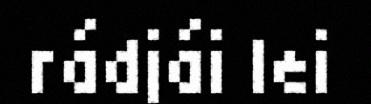
rádjái lei